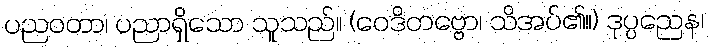
ပညဝတာ၊ ပညာရှိသော သူသည်။ (ဝေဒိတဗ္ဗော၊ သိအပ်၏။) ဒုပ္ပညေန၊